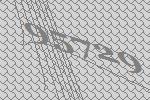
95729